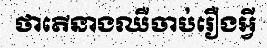
ថាតើនាងឈឺចាប់រឿងអ្វី